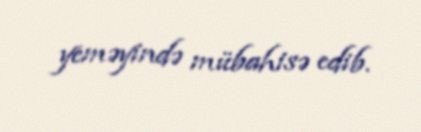
yeməyində mübahisə edib.